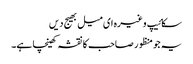
سکائیپ وغیرہ ای میل بھیج دیں
یہ جو منظور صاحب کا نقشہ کھینچا ہے۔